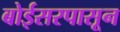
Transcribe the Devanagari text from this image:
बोईसरपासून